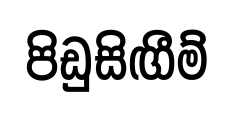
පිඩුසිඟීම්